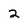
Character: 2